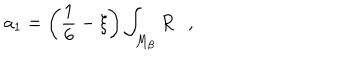
a _ { 1 } = \left( \frac 1 6 - \xi \right) \int _ { M _ { \beta } } R ,